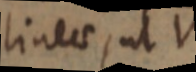
linea, ut V